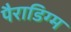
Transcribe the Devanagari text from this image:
पैराडिग्म